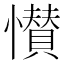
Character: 𭟎